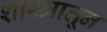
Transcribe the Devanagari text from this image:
शास्त्रातून